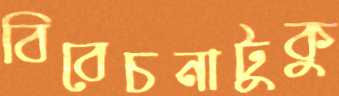
বিবেচনাটুকু